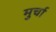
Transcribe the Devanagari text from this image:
मुर्चा